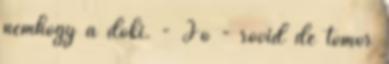
nemhogy a doki. - Jó - rövid de tömör